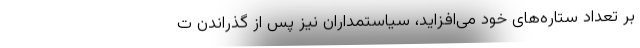
بر تعداد ستاره‌های خود می‌افزاید، سیاستمداران نیز پس از گذراندن ت